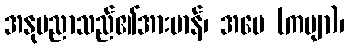
အနုပညာသည်၏အားမာန်၊ အမေ (ကဗျာ)၊